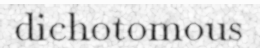
dichotomous